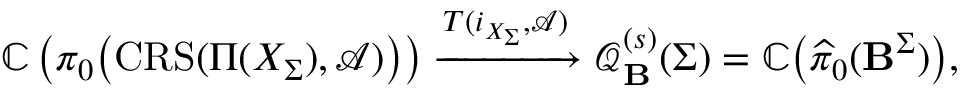
\mathbb { C } \left( \pi _ { 0 } \big ( \mathbf { \mathrm { C R S } } ( \Pi ( X _ { \Sigma } ) , \mathcal { A } ) \big ) \right) \xrightarrow { T ( i _ { X _ { \Sigma } } , \mathcal { A } ) } \boldsymbol { \mathcal { Q } } _ { { \boldsymbol { \mathbf { B } } } } ^ { ( s ) } ( \Sigma ) = \mathbb { C } \big ( \widehat { \pi } _ { 0 } ( { \boldsymbol { \mathbf { B } } } ^ { \Sigma } ) \big ) ,